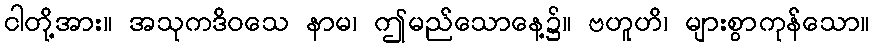
ငါတို့အား။ အသုကဒိဝသေ နာမ၊ ဤမည်သောနေ့၌။ ဗဟူဟိ၊ များစွာကုန်သော။